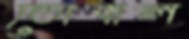
ডোবাল